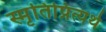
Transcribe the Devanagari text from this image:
स्मृतिप्रित्यर्थ